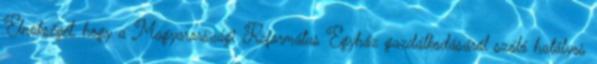
Elnökségét, hogy a Magyarországi Református Egyház gazdálkodásáról szóló hatályos